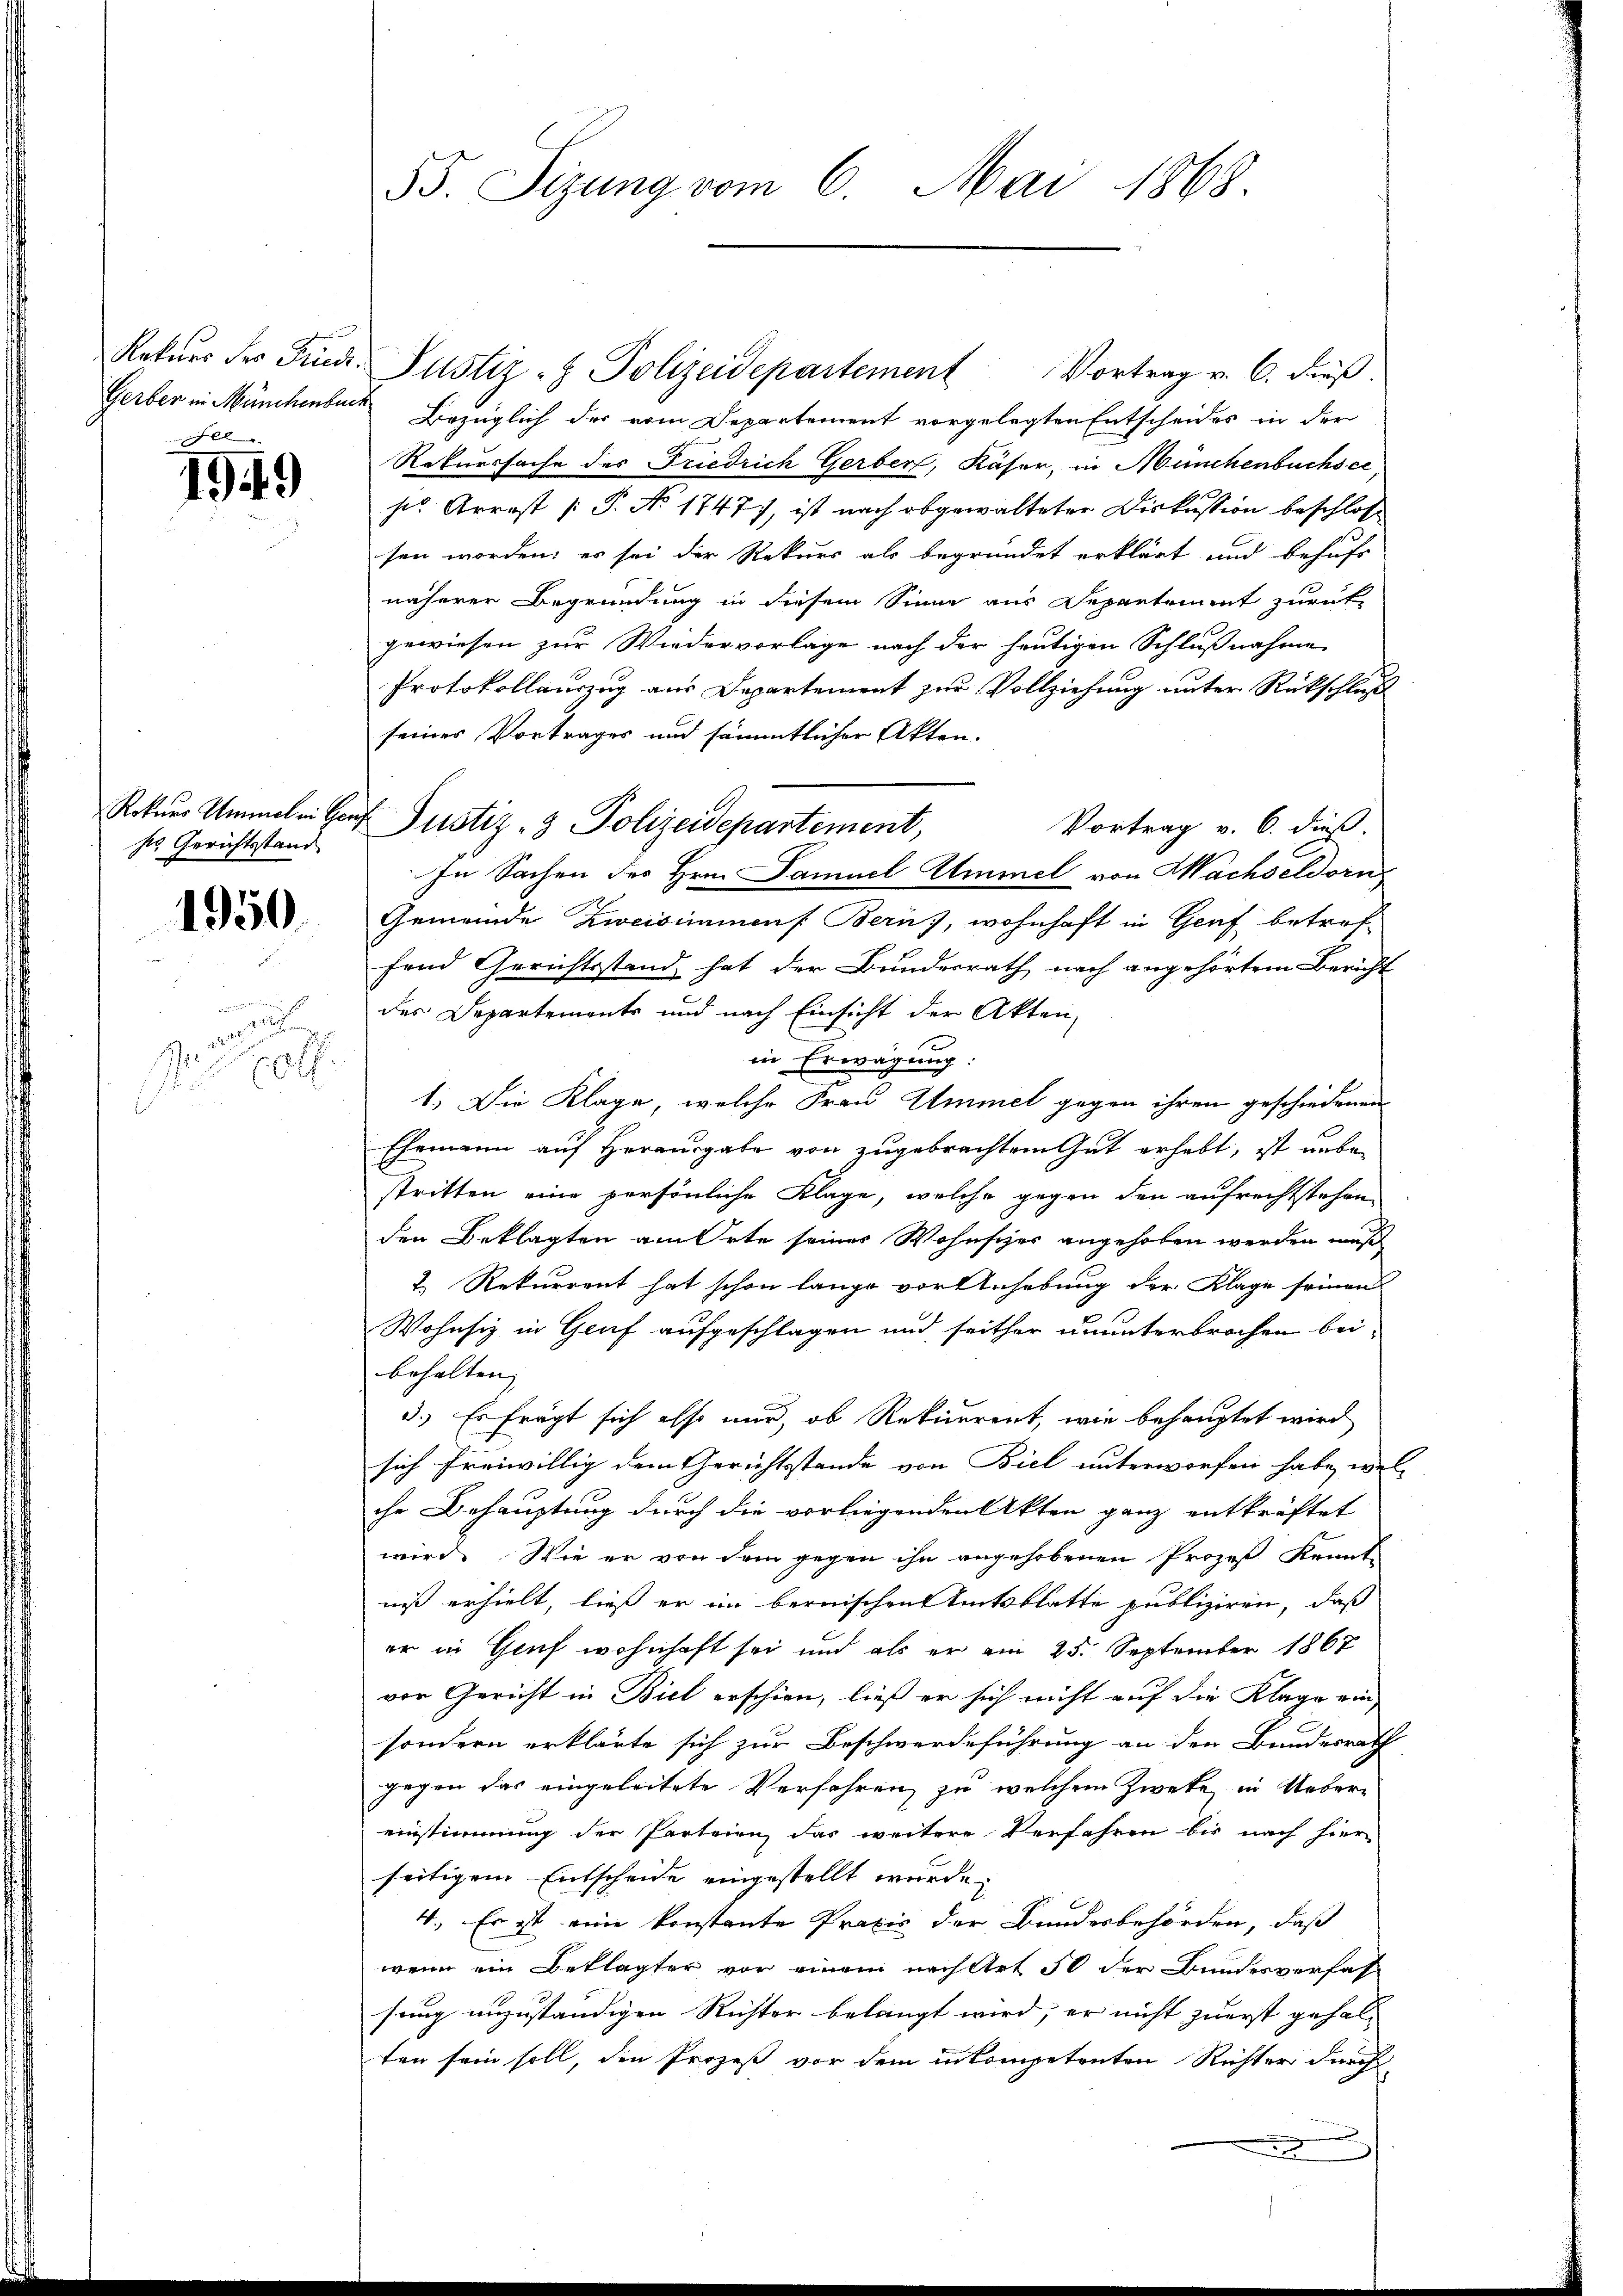
l

1949

Rokars Ammel in Ger
h. Gerichtsstand

1950.

d

1
 00.

55. Sizung vom 6. Mai 1868.

Rekurs der Finde Justiz- & Polizeidepartement Vortrag v. 6. dieß.
Gerber in Münchenburg Bezüglich der vom Departement vorgelegten Entscheides in der
Rekurssache des Friedrich Gerber, Käser, in Münchenbuchsci
his Arrest [P. No 1747), ist nach abgewalteter Diskussion beschloss
sen worden; es sei der Rekurs als begründet erklärt und behufs
näherer Begründung in diesem Sinne aus Departement zurück-
gewiesen zur Wiedervorlage nach der heutigen Schlußnahme
Protokollauszug aus Departement zur Vollziehung unter Rückschluß
seines Vortrages und sämmtlicher Akten.
 Justiz- & Polizeidepartement,
Vortrag v. 6. dieß.
In Sachen des Hrn. Samuel Ammel von Wachseldorn
Gemeinde Zweisimmenf. Bern), wohnhaft in Genf betreffend Gerichtsstand hat der Bundesrath nach angehörtem Bericht
des Departements und nach Einsicht der Akten,
in Erwägung:
1.) Die Klage, welche Frau Ummel gegen ihren geschiedenen
Ehemann auf Herausgabe von zugebrachtem Gut erhebt, ist anbestritten eine persönliche Klage, welche gegen den aufrechtstehen
den Beklagten am Orte seiner Wohnscher angehoben werden muß
7. Rekurrent hat schon lange vortenhebung der Klage seinen
Wohnsiz in Graf aufgeschlagen und seither ununterbrochen bei
behalten, |
3.) Er frägt sich also nur, ob Rekurrent, wie behauptet wird
sich freiwillig dem Gerichtsstande von Biel unterworfen habe, welc
che Behauptung durch die vorliegenden Akten ganz entkräftet
wird. Wie er von dem gegen ihn angehobenen Prozeß Kennt
niß erhielt, ließ er im bernischen Amtsblatte publiziren, daß
er in Genf wohnhaft sei und als er am 25. September 1867
von Gericht in Biel erschien, ließ er sich nicht auf die Klage ein
sondern erklärte sich zur Beschwerdeführung an den Bundesrath
gegen das eingeleitete Verfahren, zu welchem Zweke in Uebereinstimmung der Parteien, das weitere Verfahren bis nach hier
seitigem Entscheide eingestellt wurde,
4. Es ist eine konstante Praxis der Bundesbehörden, daß
wenn ein Beklagter vor einem nach Art 50 der Bundesverfas-
sung unzuständigen Richter belangt wird, er nicht zuerst gehal-
ten sein soll, den Prozeß vor dem inkompetenten Richter durch